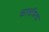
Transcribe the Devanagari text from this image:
कावडिया